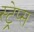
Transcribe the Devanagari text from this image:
स्ट्रेप्स